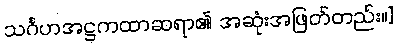
သင်္ဂဟအဋ္ဌကထာဆရာ၏ အဆုံးအဖြတ်တည်း။]